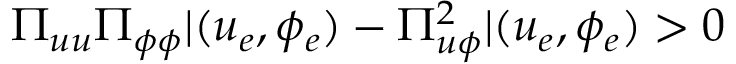
\Pi _ { u u } \Pi _ { \phi \phi } | { ( u _ { e } , \phi _ { e } ) } - \Pi _ { u \phi } ^ { 2 } | { ( u _ { e } , \phi _ { e } ) } > 0